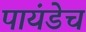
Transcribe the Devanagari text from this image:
पायंडेच